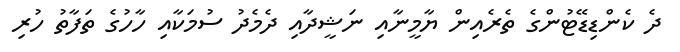
ދެ ކެންޑިޑޭޓުންގެ ތެރެއިން ޔާމީނާއި ނަޝީދާއި ދެމެދު ސުމަކާއި ހާހުގެ ތަފާތު ހުރި